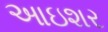
આઇશર